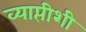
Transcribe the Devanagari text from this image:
व्याप्तीशी